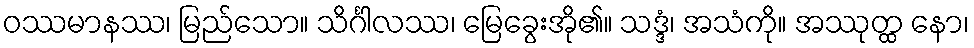
ဝဿမာနဿ၊ မြည်သော။ သိင်္ဂါလဿ၊ မြေခွေးအို၏။ သဒ္ဒံ၊ အသံကို။ အဿုတ္ထ နော၊